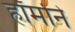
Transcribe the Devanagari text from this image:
हॉर्मोने